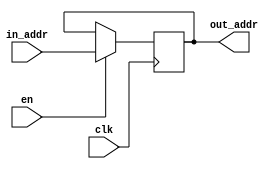
module reg_PC #(
	localparam N=32
)(
	input clk,
	input en,
	input [N-1:0] in_addr,
	output reg [N-1:0] out_addr
);
	always @(negedge clk)
		if(en)
			{ out_addr } = { in_addr };
		
	initial
		{ out_addr } = 0;
		
endmodule